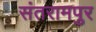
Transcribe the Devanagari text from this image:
संतरामपुर